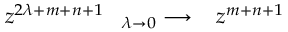
z ^ { 2 \lambda + m + n + 1 } \; \; \; { } _ { \lambda \rightarrow 0 } \longrightarrow \; \; \; z ^ { m + n + 1 }